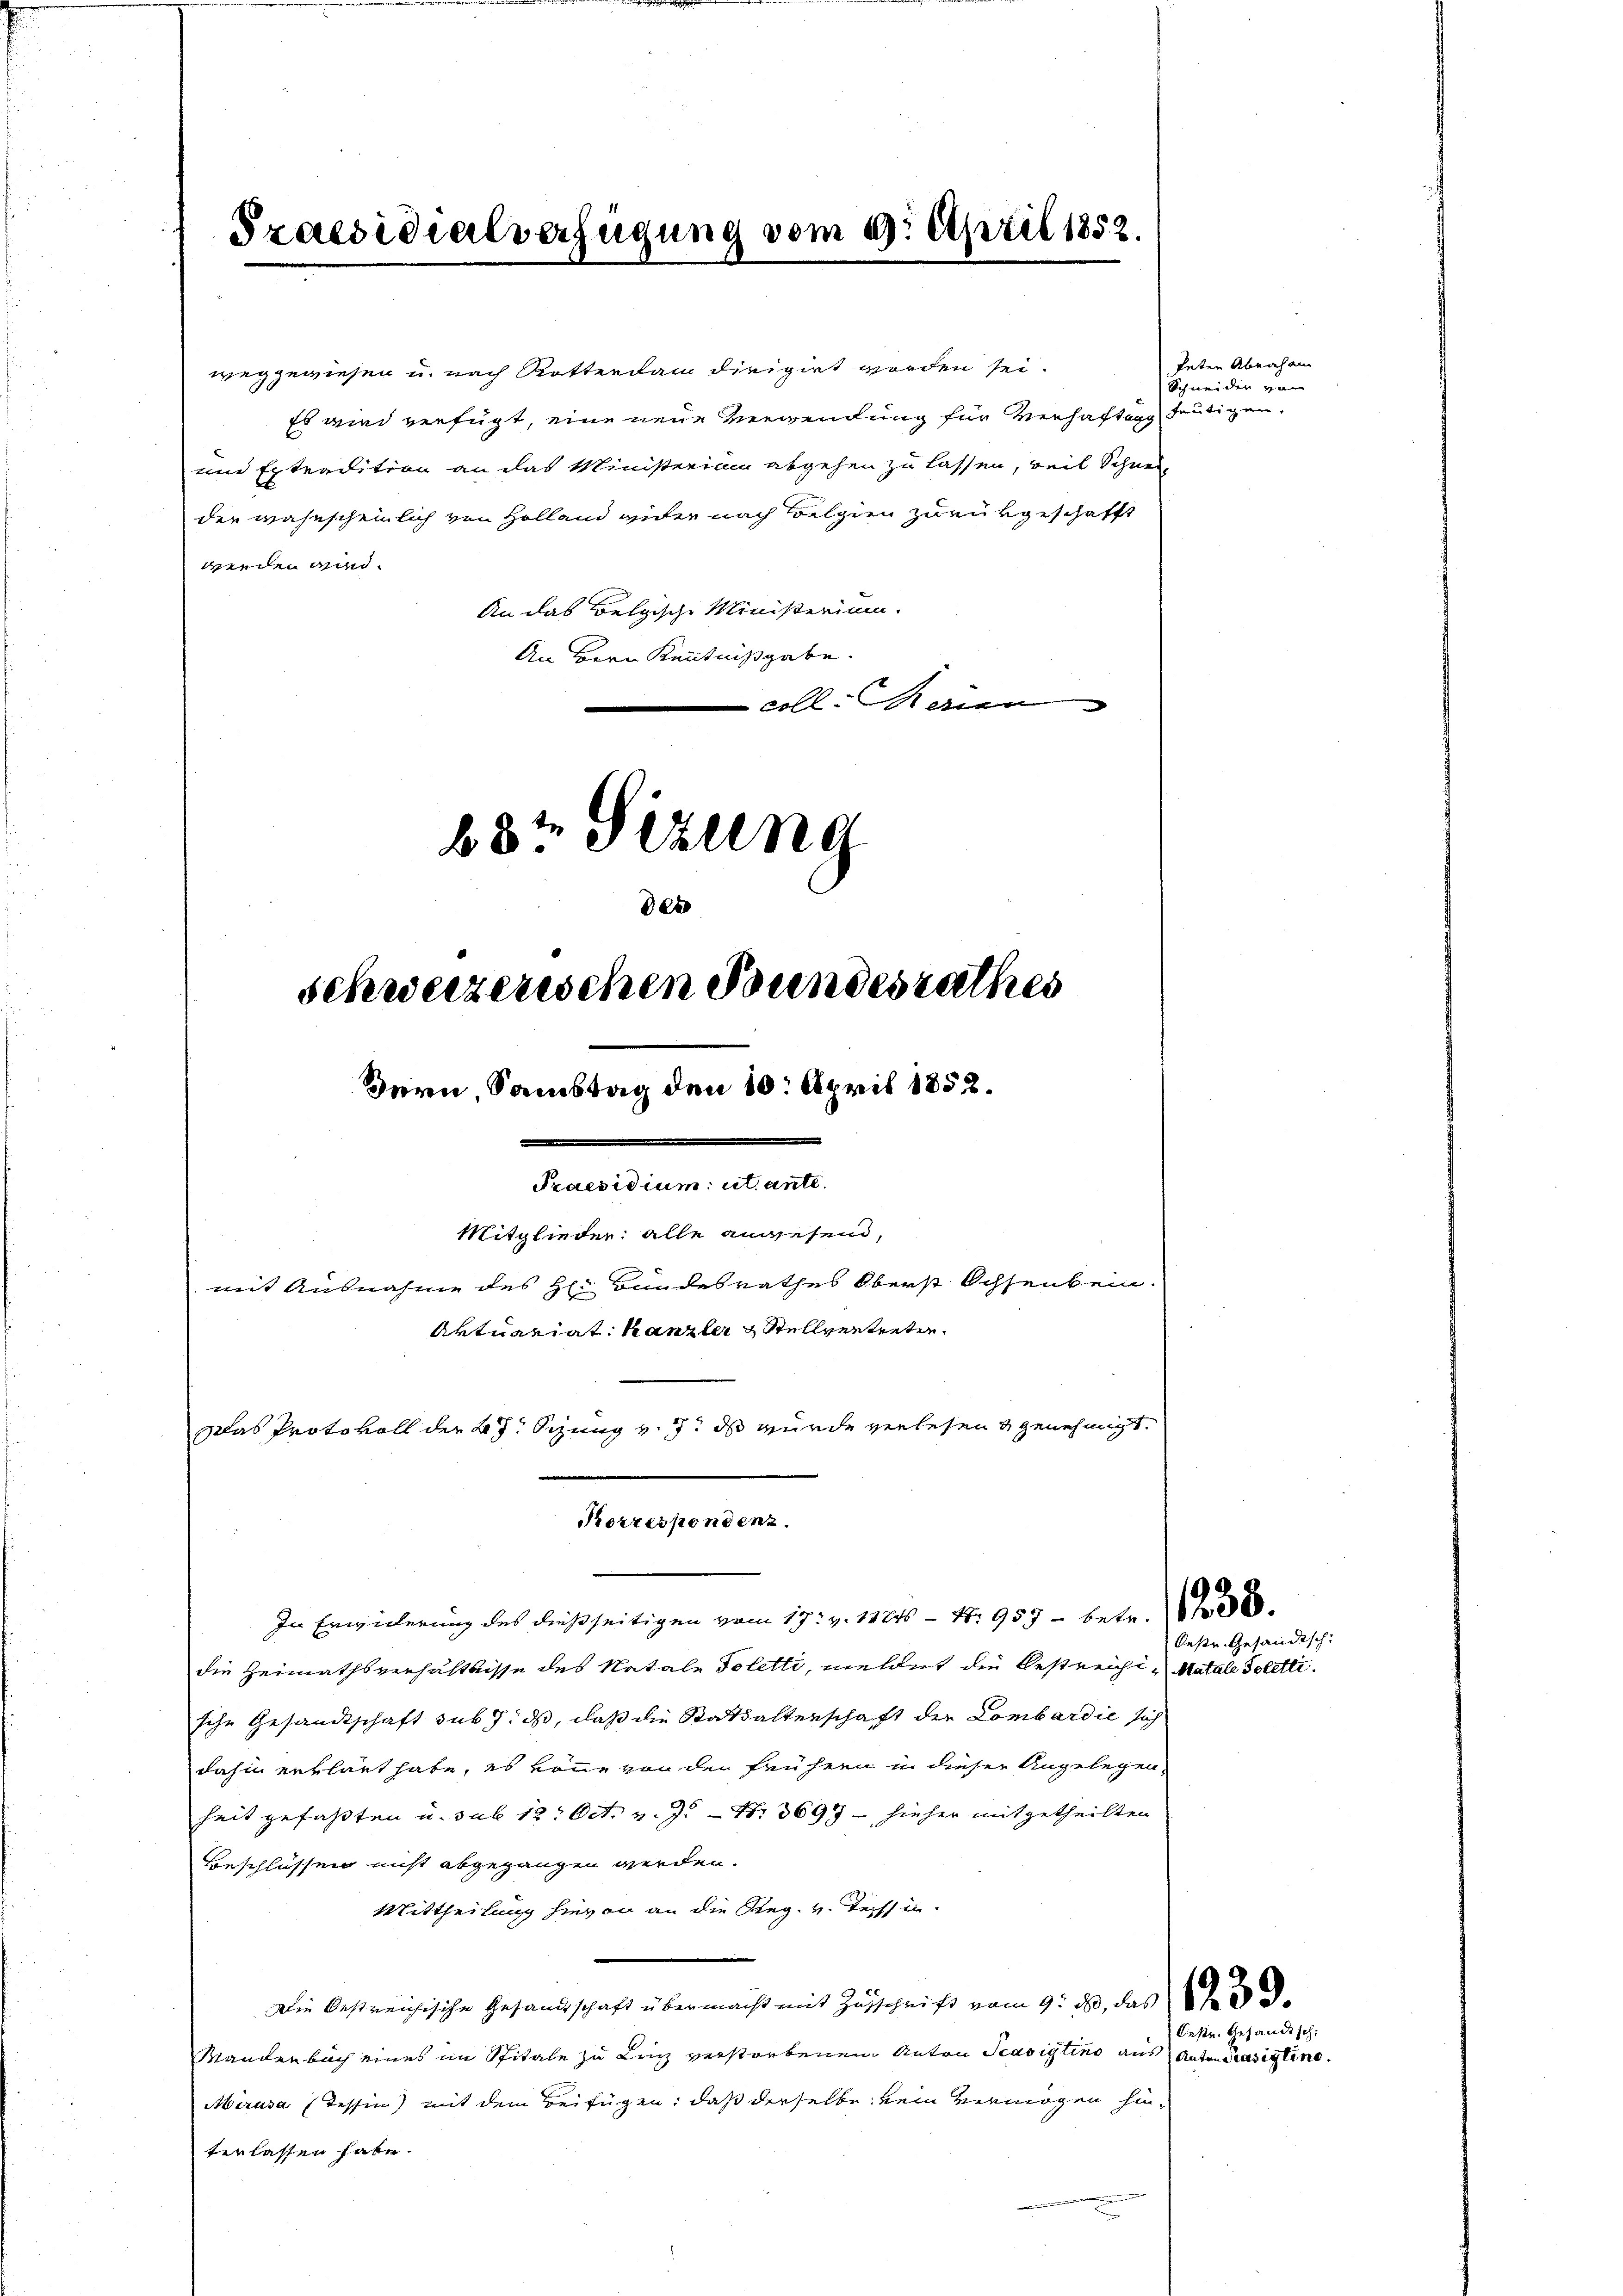
Praesidialverfügung vom 29. April 1852.

weggewiesen u. nach Rotterdam dirigirt worden sei.
Es wird verfügt, eine neue Verwendung für Verhaftig heutigen,
und Extradition an das Ministerium abgehen zu lassen, weil Schnei
der wahnscheinlich von Holland guter nach Belgien zurükgeschafft
werden wird.
An das Belgische Ministerium.
An Bern Kenntnißgabe.
coll. Regien

schweizerischen Bundesrathes
Bern, Samstag den 10. April 1852.
m........................
Praesidium utante.
Mitglieder: alle anwesend,
mit Ausnahme des H: Bundesrathes Oberst Ochsenkein
Aktuariat Kanzler Stellvertreten.
Das Protokoll der 2 J. Sizung v. 7. ds wurde verlesen & genehmigt.

68t Sezung
0xx

Korrespondenz.

In Erwiederung des dießseitigen vom 17. v. 11216 - Nr. 957 - betr. 11 f 30
die Heimathsverhältnisse des Natale Toletti, meldet die Bestreichi-Matale Polettische Gesandtschaft sub 7. ds, daß die Statsalterschaft der Lombardie sich
dahin erklärt habe, es könne von der frühern in dieser Angelegen-
heit gefaßten u. sub 12. Oct. v. J. Nr. 3697 – hieher mitgetheilten
Beschlüssen nicht abgegangen werden.
Mittheilung hievon an die Reg. v. Tessin.
Die bestreichische Gesandtschaft übermacht mit Zuschrift vom 9. ds, das
Mandenbach eines im Spitale zu Linz verstorbenen Anton Scasigtino aus Anton Präsigten.
Mirusa (Tessin) mit dem Beifügen: daß derselbe kein vermögen hinterlassen habe.

teten Abraha
Schneiden

Oestr. Gesandtsch

Oestr. Gesandtsch: